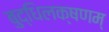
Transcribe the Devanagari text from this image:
बुद्धिलक्षणम्‌